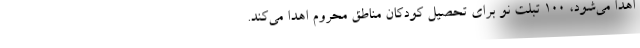
اهدا می‌شود، ۱۰۰ تبلت نو برای تحصیل کودکان مناطق محروم اهدا می‌کند.